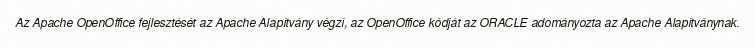
Az Apache OpenOffice fejlesztését az Apache Alapítvány végzi, az OpenOffice kódját az ORACLE adományozta az Apache Alapítványnak.